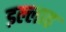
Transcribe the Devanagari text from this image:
इल्लाह